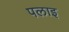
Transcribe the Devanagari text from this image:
पलाइ